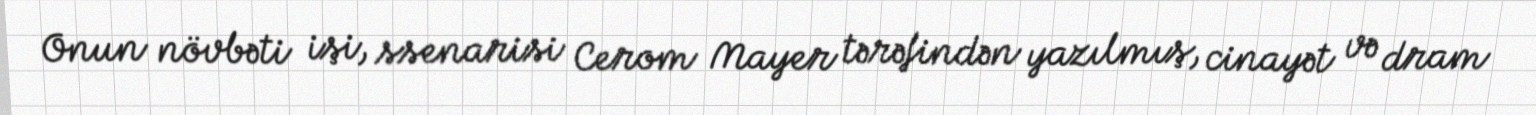
Onun növbəti işi, ssenarisi Cerom Mayer tərəfindən yazılmış, cinayət və dram